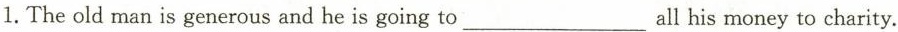
1.The old man is generous and he is going to ___all his money to charity.